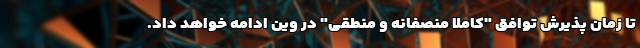
تا زمان پذیرش توافق "کاملا منصفانه و منطقی" در وین ادامه خواهد داد.